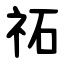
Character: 祏